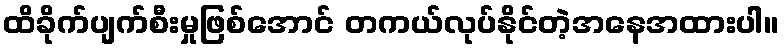
ထိခိုက်ပျက်စီးမှုဖြစ်အောင် တကယ်လုပ်နိုင်တဲ့အနေအထားပါ။